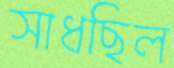
সাধছিল